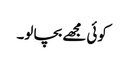
کوئی مجھے بچا لو۔